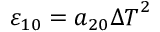
{ { \varepsilon } _ { 1 0 } } = { { a } _ { 2 0 } } { { \Delta T } ^ { 2 } }